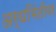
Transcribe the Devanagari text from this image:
अर्धभिंतीवर